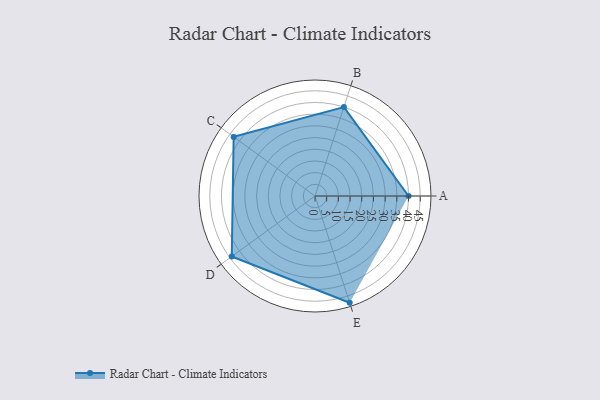
{"axis": {"x": "Skill", "y": "Score"}, "legend": ["Profile"], "data": [{"x": "A", "y": 40.0, "type": "Profile"}, {"x": "B", "y": 40.0, "type": "Profile"}, {"x": "C", "y": 43.0, "type": "Profile"}, {"x": "D", "y": 44.0, "type": "Profile"}, {"x": "E", "y": 48.0, "type": "Profile"}]}